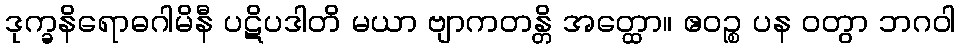
ဒုက္ခနိရောဓဂါမိနီ ပဋိပဒါတိ မယာ ဗျာကတန္တိ အတ္ထော။ ဧဝဉ္စ ပန ဝတွာ ဘဂဝါ